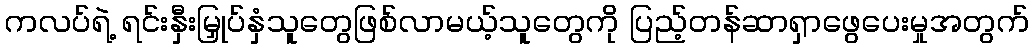
ကလပ်ရဲ့ ရင်းနှီးမြှုပ်နှံသူတွေဖြစ်လာမယ့်သူတွေကို ပြည့်တန်ဆာရှာဖွေပေးမှုအတွက်